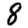
Digit: 8